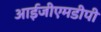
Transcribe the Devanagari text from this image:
आईजीएमडीपी